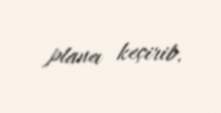
plana keçirib.